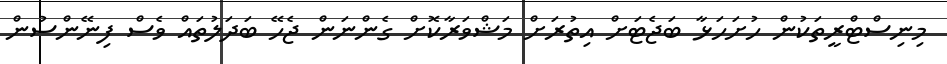
މިނިސްޓްރީތަކުން ހުށަހަޅާ ބަޖެޓަށް އިތުރަށް މަޝްވަރާކޮށް ގެންނަން ޖެހޭ ބަދަލުތައް ވެސް ފިނޭންސުން